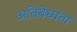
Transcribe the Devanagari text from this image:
अतिबेध्यता